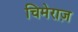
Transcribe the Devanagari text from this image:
चिमेराज़